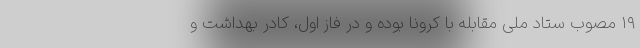
۱۹ مصوب ستاد ملی مقابله با کرونا بوده و در فاز اول، کادر بهداشت و